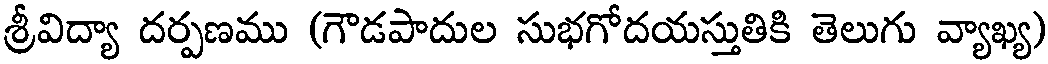
శ్రీవిద్యా దర్పణము (గౌడపాదుల సుభగోదయస్తుతికి తెలుగు వ్యాఖ్య)